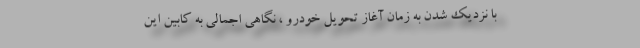
با نزدیک شدن به زمان آغاز تحویل خودرو ، نگاهی اجمالی به کابین این